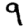
Digit: 9